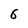
Character: 6